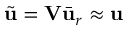
\Tilde { \ensuremath { \mathbf { u } } } = \mathbf { V } \bar { \ensuremath { \mathbf { u } } } _ { r } \approx \ensuremath { \mathbf { u } }